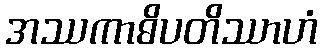
အဿကာဓိပတိဿာဟံ